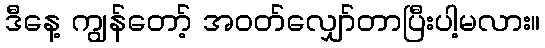
ဒီနေ့ ကျွန်တော့် အဝတ်လျှော်တာပြီးပါ့မလား။